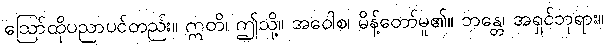
ဩော်ထိုပညာပင်တည်း။ ဣတိ၊ ဤသို့။ အဝေါစ၊ မိန့်တော်မူ၏။ ဘန္တေ၊ အရှင်ဘုရား။